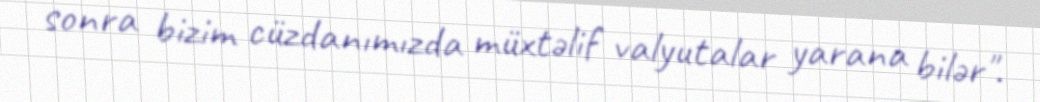
sonra bizim cüzdanımızda müxtəlif valyutalar yarana bilər".